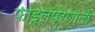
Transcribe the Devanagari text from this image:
फाइलप्रणाली